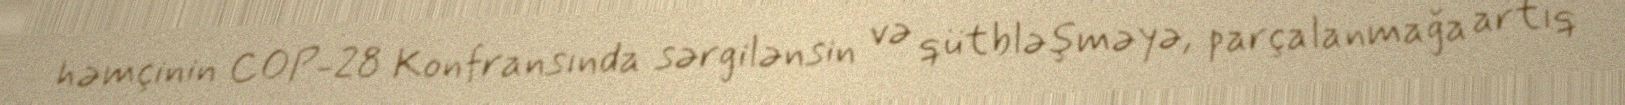
həmçinin COP-28 Konfransında sərgilənsin və qütbləşməyə, parçalanmağa artıq